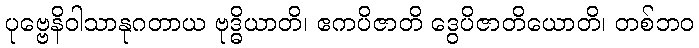
ပုဗ္ဗေနိဝါသာနုဂတာယ ဗုဒ္ဓိယာတိ၊ ဧကပိဇာတိ ဒွေပိဇာတိယောတိ၊ တစ်ဘဝ